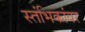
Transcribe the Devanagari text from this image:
स्तंभिकांवर